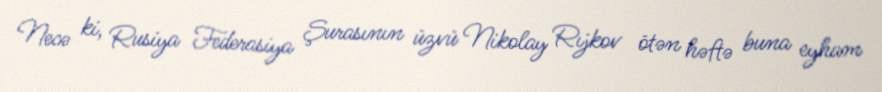
Necə ki, Rusiya Federasiya Şurasının üzvü Nikolay Rıjkov ötən həftə buna eyham